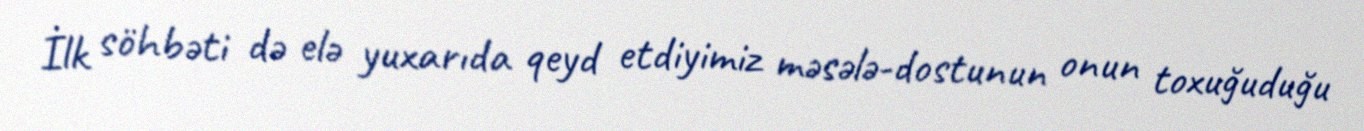
İlk söhbəti də elə yuxarıda qeyd etdiyimiz məsələ-dostunun onun toxuğuduğu